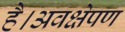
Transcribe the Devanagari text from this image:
है।अवक्षेपण